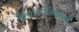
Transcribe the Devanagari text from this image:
महापरिनिब्बनाची